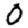
Digit: 0